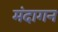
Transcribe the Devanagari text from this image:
मंदागन